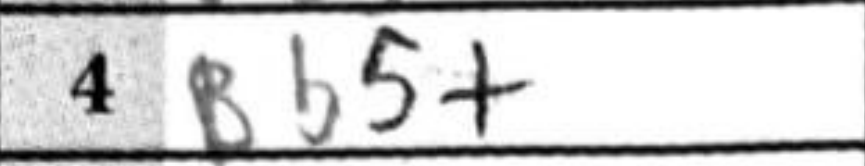
Transcription: Bb5+